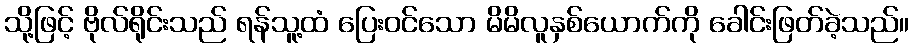
သို့ဖြင့် ဗိုလ်ရိုင်းသည် ရန်သူ့ထံ ပြေးဝင်သော မိမိလူနှစ်ယောက်ကို ခေါင်းဖြတ်ခဲ့သည်။